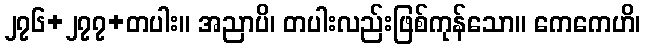
၂၇၆+၂၇၇+တပါး။ အညာပိ၊ တပါးလည်းဖြစ်ကုန်သော။ ကေကေဟိ၊